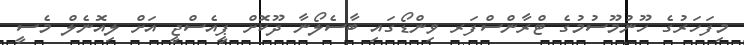
މިފަހަރުގެ ހޫނުމޫސުމުގެ ޓްރާންސްފަރ ވިންޑޯގައި ބާސެލޯނާ ދޫކޮށް ޕީއެސްޖީ އަށް ލިއޮނެލް މެސީ